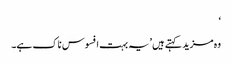
‘
وہ مزید کہتے ہیں ’یہ بہت افسوس ناک ہے۔